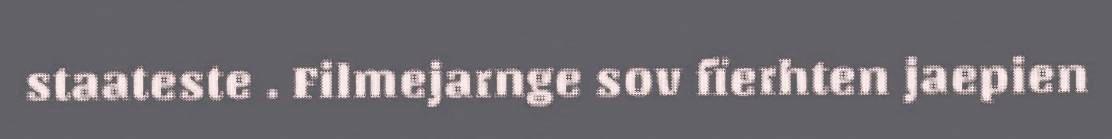
staateste . Filmejarnge sov fïerhten jaepien